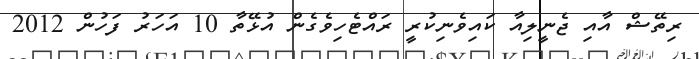
ރިތޭޝް އާއި ޖެނީލިއާ ކައިވެނިކުރީ ރައްޓެހިވެގެން އުޅޭތާ 10 އަހަރު ފަހުން 2012